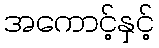
အကောင့်နှင့်